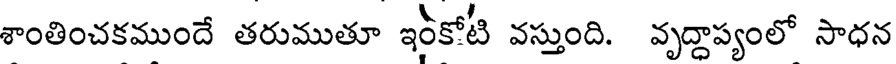
శాంతించకముందే తరుముతూ ఇనీకోటి వస్తుంది. వృద్దాప్యంలో సాధన